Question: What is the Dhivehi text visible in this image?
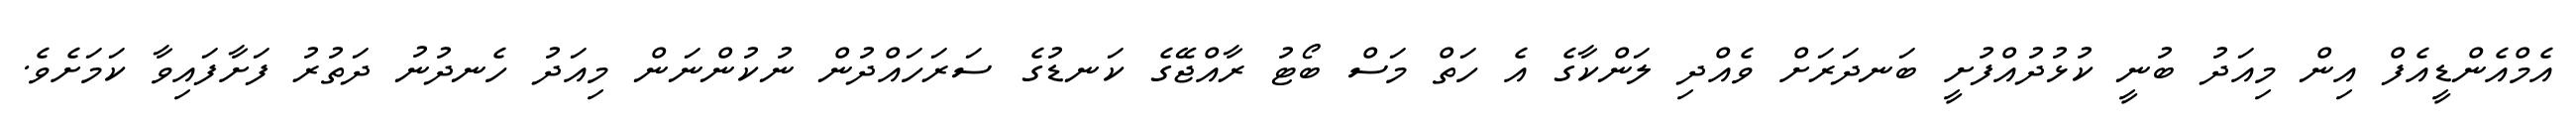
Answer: އެމްއެންޑީއެފް އިން މިއަދު ބުނީ ކުޅުދުއްފުށީ ބަނދަރަށް ވެއްދި ލަންކާގެ އެ ހަތް މަސް ބޯޓު ރާއްޖޭގެ ކަނޑުގެ ސަރަހައްދުން ނުކުންނަން މިއަދު ހެނދުނު ދަތުރު ފަށާފައިވާ ކަމަށެވެ.